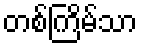
တစ်ကြိမ်သာ